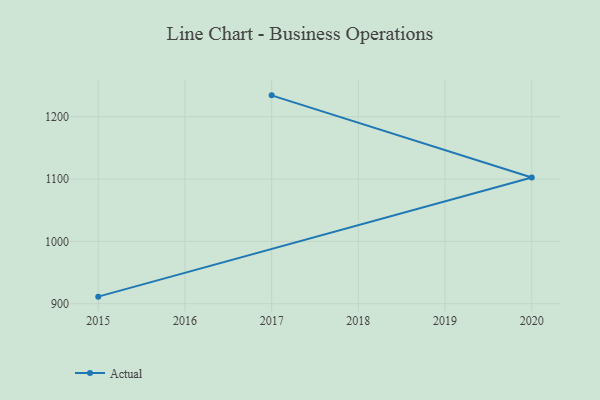
{"axis": {"x": "Year", "y": "Humidity (%)"}, "legend": ["Actual"], "data": [{"x": "2015", "y": 911.4, "type": "Actual"}, {"x": "2020", "y": 1102.5, "type": "Actual"}, {"x": "2017", "y": 1234.3, "type": "Actual"}]}